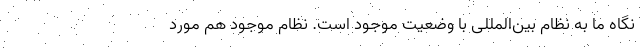
نگاه ما به نظام بین‌المللی با وضعیت موجود است. نظام موجود هم مورد